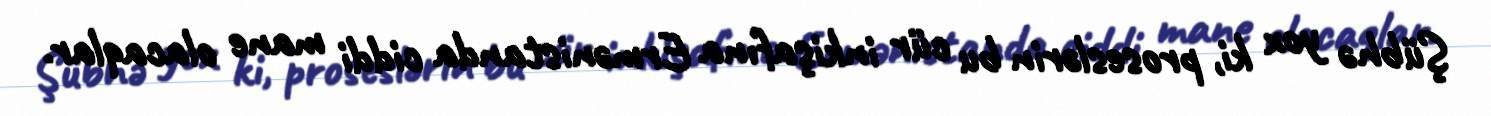
Şübhə yox ki, proseslərin bu cür inkişafına Ermənistanda ciddi mane olacaqlar.